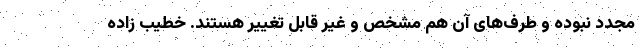
مجدد نبوده و طرف‌های آن هم مشخص و غیر قابل تغییر هستند. خطیب زاده